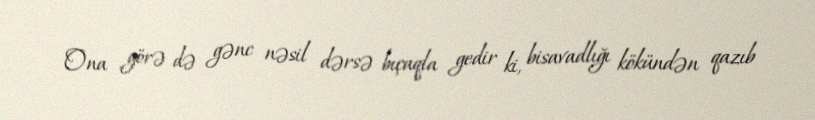
Ona görə də gənc nəsil dərsə bıçaqla gedir ki, bisavadlığı kökündən qazıb